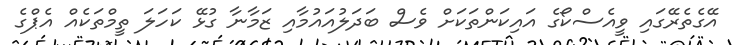
އޭގެތެރޭގައި ވީއެސްކޯގެ އައިކަންތަކަށް ވެސް ބަދަލުއައުމާއި ޒަމާނާ ގުޅޭ ކަހަލަ ތީމްތަކެއް އެޕްގެ